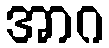
အာဂ